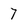
Character: 7